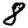
Digit: 8